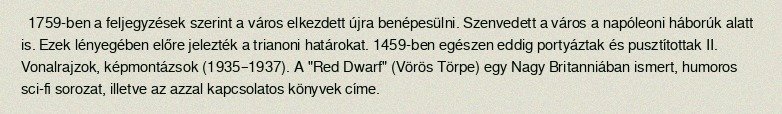
1759-ben a feljegyzések szerint a város elkezdett újra benépesülni. Szenvedett a város a napóleoni háborúk alatt is. Ezek lényegében előre jelezték a trianoni határokat. 1459-ben egészen eddig portyáztak és pusztítottak II. Vonalrajzok, képmontázsok (1935–1937). A "Red Dwarf" (Vörös Törpe) egy Nagy Britanniában ismert, humoros sci-fi sorozat, illetve az azzal kapcsolatos könyvek címe.